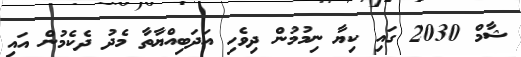
ޝާމް 2030 ގައި ކިޔާ ނިމުމުން ދިވެހި އަދަބިއްޔާތާ މެދު ދެކެމުން އައި